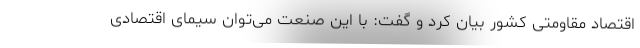
اقتصاد مقاومتی کشور بیان کرد و گفت: با این صنعت می‌توان سیمای اقتصادی